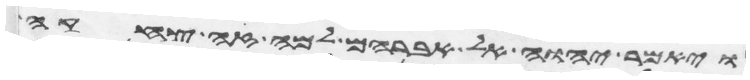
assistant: ויאמר יהוה אל אברהם למה זה צחקה